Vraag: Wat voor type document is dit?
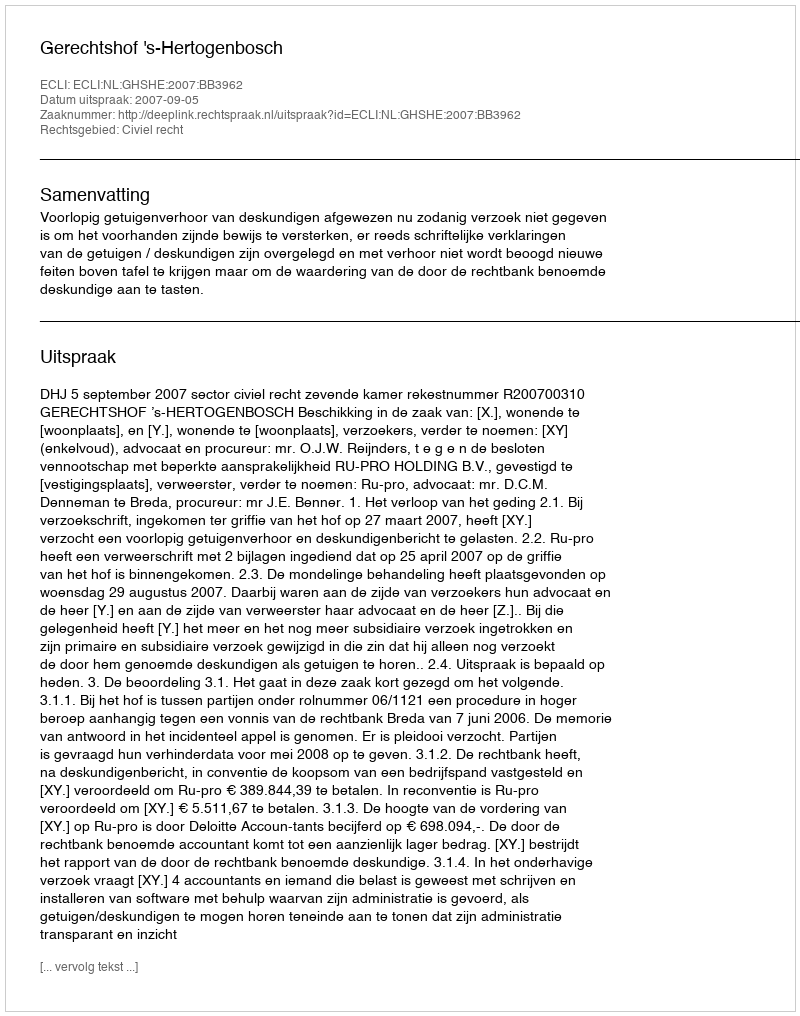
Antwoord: Uitspraak